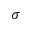
\sigma